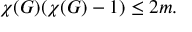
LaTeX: \chi ( G ) ( \chi ( G ) - 1 ) \leq 2 m .